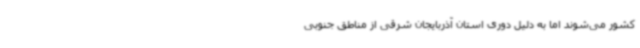
کشور می‌شوند اما به دلیل دوری استان‌ آذربایجان شرقی از مناطق جنوبی